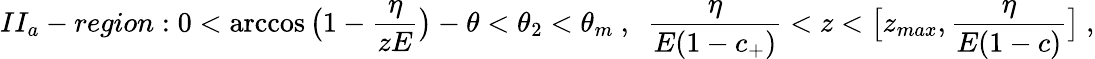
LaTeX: II_{a}-region:0<\operatorname{arccos}{\bigl(1-\frac{\eta}{zE}\bigr)}-\theta<\theta_{2}<\theta_{m}\ ,\ \ \frac{\eta}{E(1-c_{+})}<z<\bigl[z_{max},\frac{\eta}{E(1-c)}\bigr]\ ,